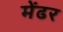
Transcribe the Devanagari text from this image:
मेंढर